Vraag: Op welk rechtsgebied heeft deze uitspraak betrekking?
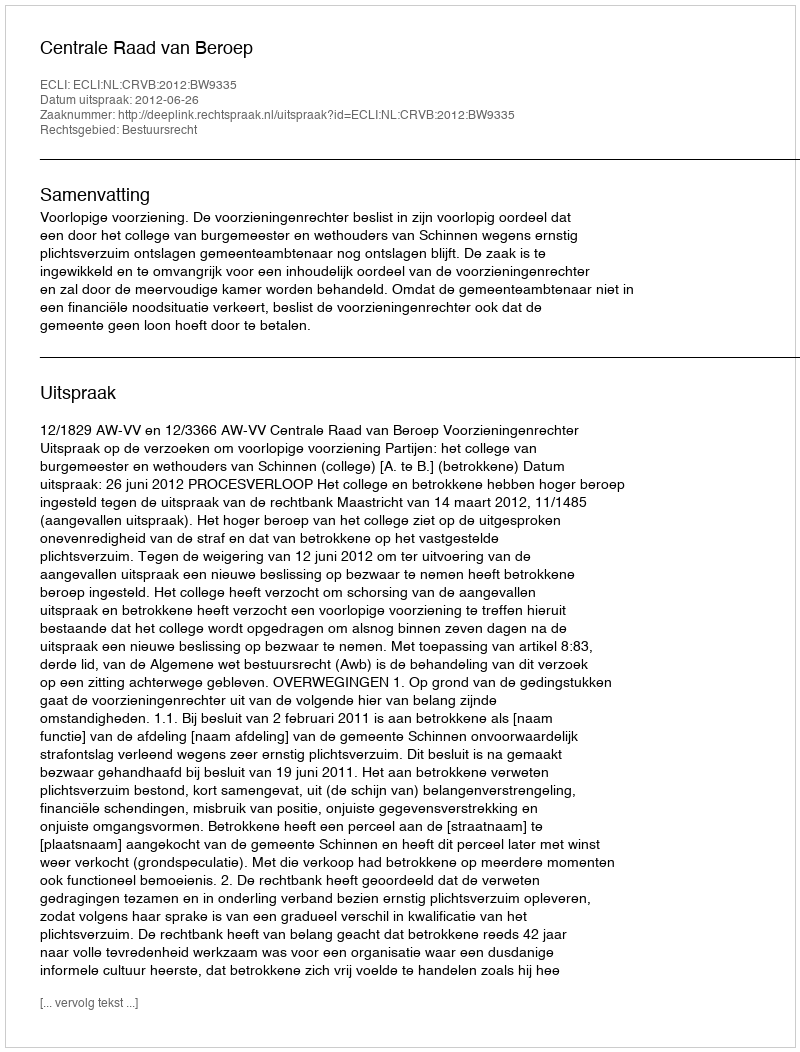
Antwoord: Bestuursrecht